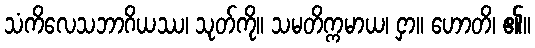
သံကိလေသဘာဂိယဿ၊ သုတ်ကို။ သမတိက္ကမာယ၊ ငှာ။ ဟောတိ၊ ၏။